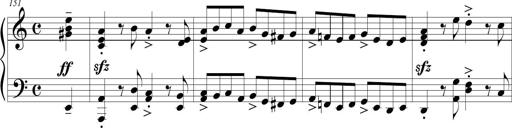
Title: Sonatina (Piano Sonata No.9)
Composer: Richard St. Clair